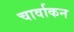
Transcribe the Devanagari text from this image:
चार्वाकन